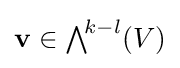
\mathbf {v} \in {\textstyle \bigwedge }^{\!k-l}(V)